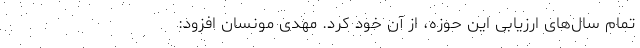
تمام سال‌های ارزیابی این حوزه، از آنِ خود کرد. مهدی مونسان افزود: